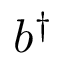
b ^ { \dagger }